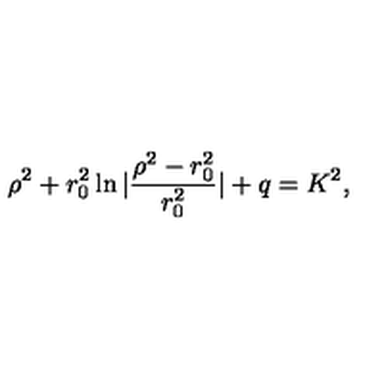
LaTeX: \rho ^ { 2 } + r _ { 0 } ^ { 2 } \ln | \frac { \rho ^ { 2 } - r _ { 0 } ^ { 2 } } { r _ { 0 } ^ { 2 } } | + q = K ^ { 2 } ,